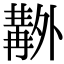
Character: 𠨊